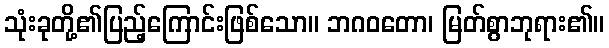
သုံးခုတို့၏ပြည့်ကြောင်းဖြစ်သော။ ဘဂဝတော၊ မြတ်စွာဘုရား၏။